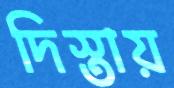
দিস্তায়